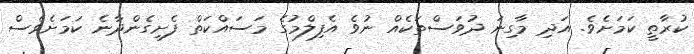
ކުރާތީ ކަމަށެވެ. އަދި މާގިނަ ދުވަސްތަކެއް ނުވެ އެފިލްމުގެ މަސައްކަތް ފެށިގެންދާނެ ކަމަށެވެސް